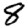
Digit: 8